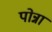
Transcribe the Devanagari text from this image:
पोन्ना